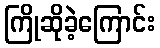
ကြိုဆိုခဲ့ကြောင်း